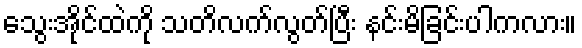
သွေးအိုင်ထဲကို သတိလက်လွတ်ပြီး နင်းမိခြင်းပါကလား။